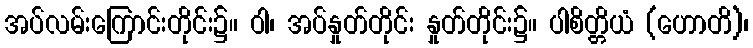
အပ်လမ်းကြောင်းတိုင်း၌။ ဝါ၊ အပ်နှုတ်တိုင်း နှုတ်တိုင်း၌။ ပါစိတ္တိယံ (ဟောတိ)၊